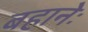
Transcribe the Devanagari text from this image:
बहानेः